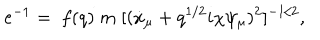
LaTeX: e ^ { - 1 } = \; f ( q ) \; m \; [ ( \dot { x } _ { \mu } + q ^ { 1 / 2 } i \chi \psi _ { \mu } ) ^ { 2 } ] ^ { - 1 / 2 } ,